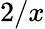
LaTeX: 2/x